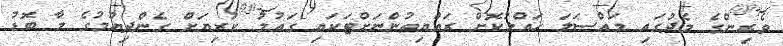
ވެރިންގެ މެދުގައި މައްސަލަ ހައްލުކޮށް ރައްޔިތުންނަށްޓަކައި ގައުމު ކުރިޔަށް ގެންދިޔުމުގެ މާ ބޮޑު